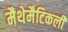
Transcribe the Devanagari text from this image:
मैथेमैटिकली